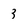
Character: z